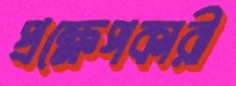
প্রক্ষেপকারী